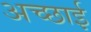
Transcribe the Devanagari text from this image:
अच्‍छाई